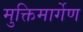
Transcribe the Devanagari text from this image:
मुक्तिमार्गेण